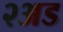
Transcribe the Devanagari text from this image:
२अड